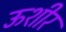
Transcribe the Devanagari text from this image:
ऊशीर